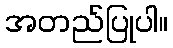
အတည်ပြုပါ။